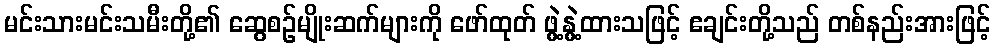
မင်းသားမင်းသမီးတို့၏ ဆွေစဉ်မျိုးဆက်များကို ဖော်ထုတ် ဖွဲ့နွဲ့ထားသဖြင့် ဧချင်းတို့သည် တစ်နည်းအားဖြင့်